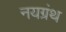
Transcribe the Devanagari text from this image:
नयग्रंथ